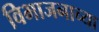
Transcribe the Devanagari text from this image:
विभाजनाच्या